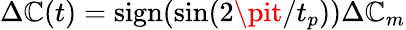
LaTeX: \Delta\mathbb{C}(t)=\mathrm{{sign}}(\sin(2\pit/t_{p}))\Delta\mathbb{C}_{m}